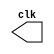
/* * * * * * * * * * * * * * * * * * * * * * * * * * * * * * * * * * * * * * *\
* rx_clk.v v0.00                                                              *
*                                                                             *
* @Author  Joao Miguel Fernandes Magalhaes                                    *
* @Contact up201305379@fe.up.fe                                               *
* @Date    06/03/2018 13:51:03 GMT                                            *
*                                                                             *
* This part of code is written in Verilog hardware description language (HDL).*
* Please visit http://en.wikipedia.org/wiki/Verilog (or some proper source)   *
* for more details on the language used herein.                               *
\* * * * * * * * * * * * * * * * * * * * * * * * * * * * * * * * * * * * * * */


/**
* GENERAL DESCRIPTION:
*
* -Generates a clock signal
**/


module tx_clk (
  output reg clk
  );

  initial begin
    clk <= 0;
  end

  always
    #20 clk = !clk;

endmodule


/* * * * * * * * * * * * * * * * * * * * * * * * * * * * * * * * * * * * * * *\
*                                                                             *
*              @Copyright (C) 2018, #1Nadal, All Rights Reserved              *
*                                                                             *
\* * * * * * * * * * * * * * * * * * * * * * * * * * * * * * * * * * * * * * */